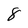
Character: 8